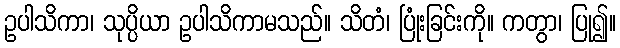
ဥပါသိကာ၊ သုပ္ပိယာ ဥပါသိကာမသည်။ သိတံ၊ ပြုံးခြင်းကို။ ကတွာ၊ ပြု၍။